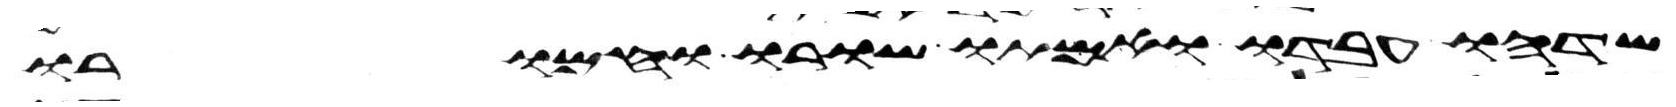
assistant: שדהו עבדו ואמתו שורו וחמורו